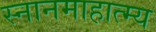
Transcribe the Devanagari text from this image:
स्नानमाहात्म्य